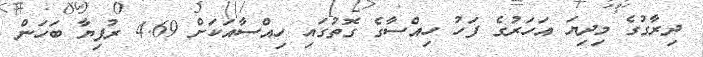
ދިރާގުގެ މިދިޔަ އަހަރުގެ ފަހު ހިއްސާގެ ގޮތުގައި ހިއްސާއަކަށް 4.69 ރުފިޔާ ބަހަން